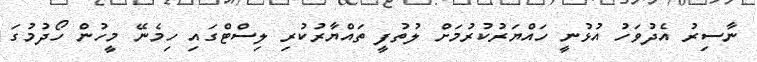
ނާސިރު އެދުވަހު އުޅުނީ ހައްޔަރުކުރުމަށް ލުތުފީ ތައްޔާރުކުރި ލިސްޓްގައި ހިމެނޭ މީހުން ހޯދުމުގަ